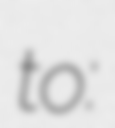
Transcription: to: